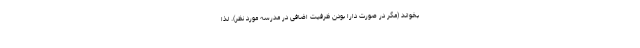
بخواند (مگر در صورت دارا بودن ظرفیت اضافی در مدرسه مورد نظر). لذا